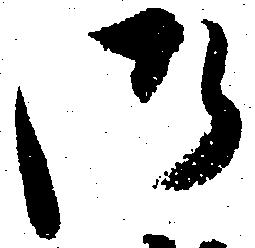
御